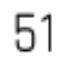
51